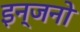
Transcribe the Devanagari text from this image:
इन्जनो